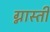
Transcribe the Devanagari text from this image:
ग्नास्ती